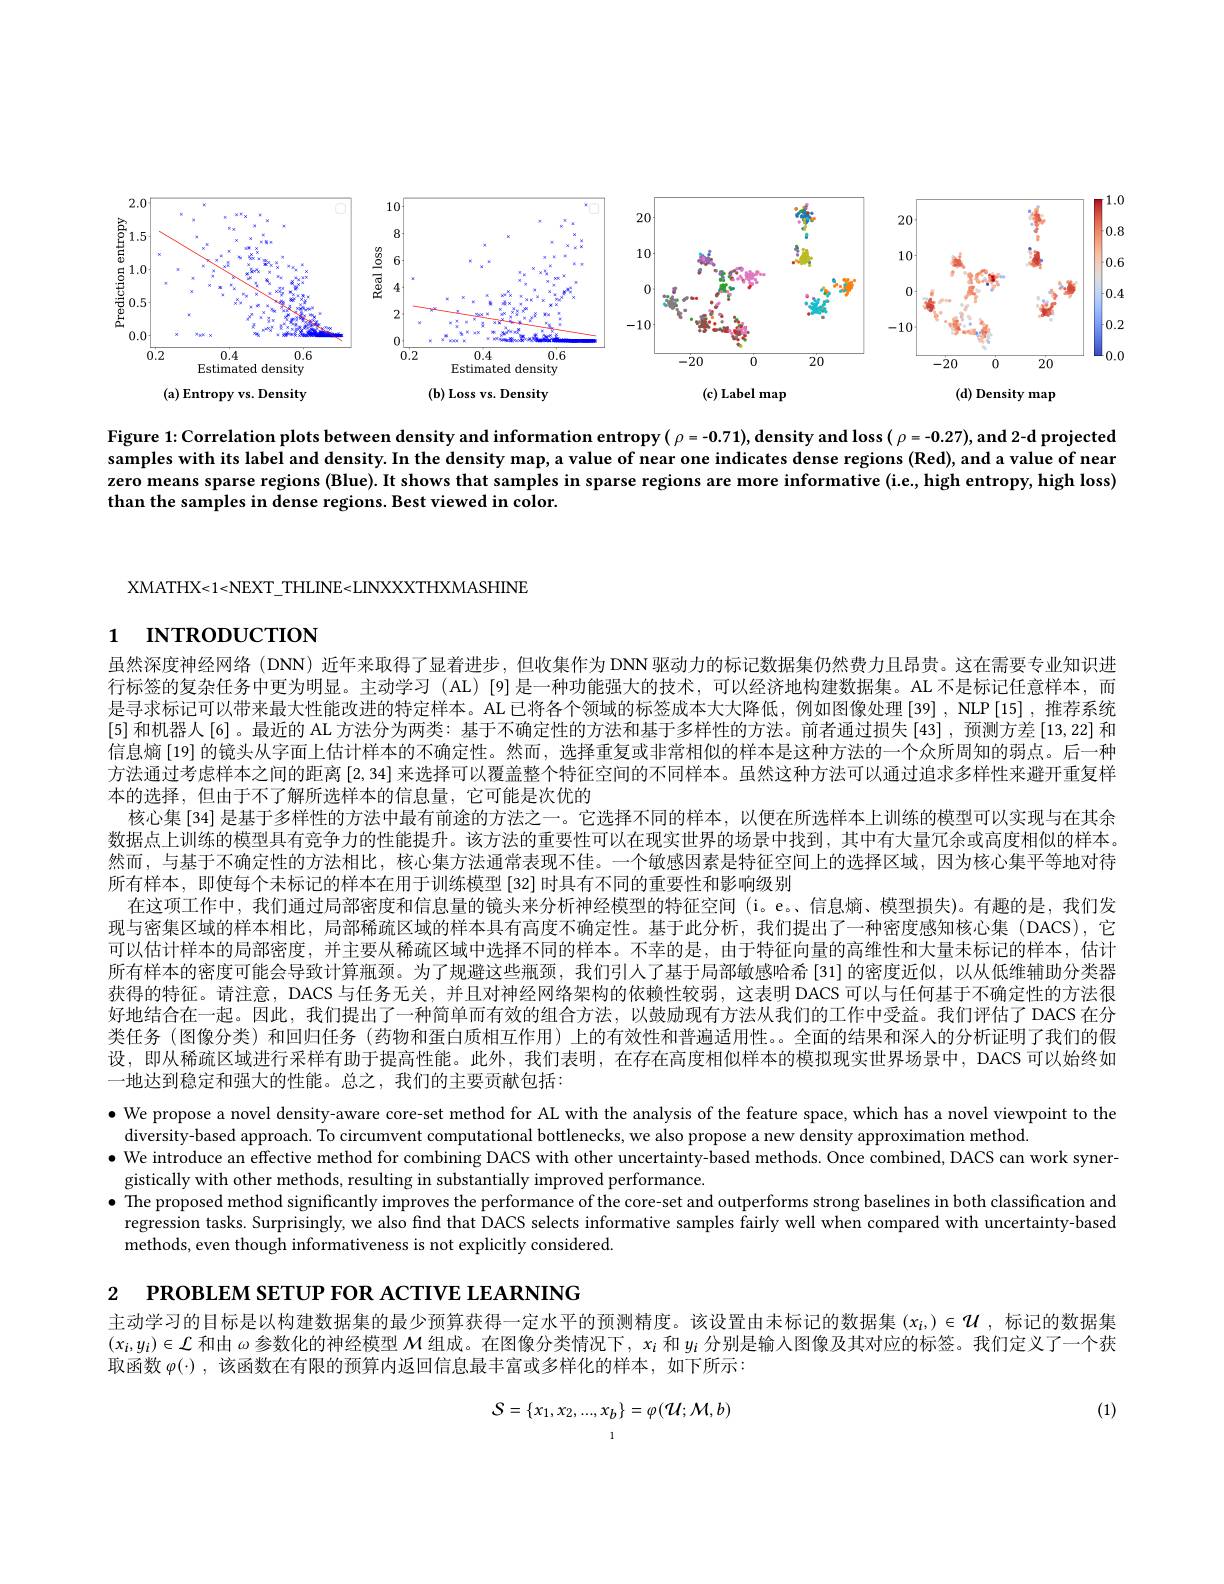
<FigureHere>

Figure 1: Correlation plots between density and information entropy( $\rho=-\mathbf{0}.71)$, density and loss( $\rho=-\mathbf{0}.27)$, and 2-d projected samples with its label and density. In the density map, a value of near one indicates dense regions (Red), and a value of near zero means sparse regions (Blue). It shows that samples in sparse regions are more informative (i.e, high entropy, high loss) than the samples in dense regions. Best viewed in color.

XMATHX<1<NEXT\_THLINE<LINXXXTHXMASHINE

# 1 INTRODUCTION

虽然深度神经网络 (DNN) 近年来取得了显着进步 ,但收集作为 DNN 驱动力的标记数据集仍然费力且昂贵。这在需要专业知识进行标签的复杂任务中更为明显。主动学习(AL)[9]是一种功能强大的技术，可以经济地构建数据集。AL 不是标记任意样本，而是寻求标记可以带来最大性能改进的特定样本。AL已将各个领域的标签成本大大降低，例如图像处理[39] ,NLP[15] ,推荐系统[5] 和机器人[6]。最近的 AL 方法分为两类：基于不确定性的方法和基于多样性的方法。前者通过损失[43],预测方差[13,22] 和信息熵[19]的镜头从字面上估计样本的不确定性。然而，选择重复或非常相似的样本是这种方法的一个众所周知的弱点。后一种方法通过考虑样本之间的距离[2,34]来选择可以覆盖整个特征空间的不同样本。虽然这种方法可以通过追求多样性来避开重复样本的选择，但由于不了解所选样本的信息量，它可能是次优的
核心集[34] 是基于多样性的方法中最有前途的方法之一。它选择不同的样本，以便在所选样本上训练的模型可以实现与在其余数据点上训练的模型具有竞争力的性能提升。该方法的重要性可以在现实世界的场景中找到，其中有大量冗余或高度相似的样本然而，与基于不确定性的方法相比，核心集方法通常表现不佳。一个敏感因素是特征空间上的选择区域，因为核心集平等地对待所有样本，即使每个未标记的样本在用于训练模型 [32] 时具有不同的重要性和影响级别
在这项工作中，我们通过局部密度和信息量的镜头来分析神经模型的特征空间 (i。e。信息熵、模型损失)。有趣的是，我们发现与密集区域的样本相比，局部稀疏区域的样本具有高度不确定性。基于此分析，我们提出了一种密度感知核心集(DACS),它可以估计样本的局部密度，并主要从稀疏区域中选择不同的样本。不幸的是，由于特征向量的高维性和大量未标记的样本，估计所有样本的密度可能会导致计算瓶颈。为了规避这些瓶颈，我们引人了基于局部敏感哈希[31]的密度近似，以从低维辅助分类器获得的特征。请注意，DACS 与任务无关，并且对神经网络架构的依赖性较弱，这表明 DACS 可以与任何基于不确定性的方法很好地结合在一起。因此，我们提出了一种简单而有效的组合方法，以鼓励现有方法从我们的工作中受益。我们评估了DACS 在分类任务 (图像分类)和回归任务 (药物和蛋白质相互作用) 上的有效性和普遍适用性。。全面的结果和深人的分析证明了我们的假设，即从稀疏区域进行采样有助于提高性能。此外，我们表明，在存在高度相似样本的模拟现实世界场景中，DACS 可以始终如一地达到稳定和强大的性能。总之，我们的主要贡献包括：

$\bullet$ We propose a novel density-aware core-set method for AL with the analysis of the feature space, which has a novel viewpoint to the
diversity-based approach. To circumvent computational bottlenecks, we also propose a new density approximation method.
gistically with other methods, resulting in substantially improved performance.
$\bullet$ The proposed method significantly improves the performance of the core-set and outperforms strong baselines in both classification and regression tasks. Surprisingly, we also find that DACS selects informative samples fairly well when compared with uncertainty-based methods, even though informativeness is not explicitly considered.

2 РROВLEM SETUP FOR ACTIVE LEARNING

主动学习的目标是以构建数据集的最少预算获得一定水平的预测精度。该设置由未标记的数据集$(x_i,)\in\mathcal{U}$ ,标记的数据集$(x_i,y_i)\in\mathcal{L}$和由$\omega$参数化的神经模型$\mathcal{M}$组成。在图像分类情况下，$x_i$和$y_i$分别是输入图像及其对应的标签。我们定义了一个获取函数$\varphi(\cdot)$,该函数在有限的预算内返回信息最丰富或多样化的样本，如下所示：

(1)
$$S=\{x_{1},x_{2},...,x_{b}\}=\varphi(\mathcal{U};\mathcal{M},b)$$
1